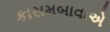
કાસમબાવાએ